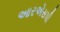
આરએસપી